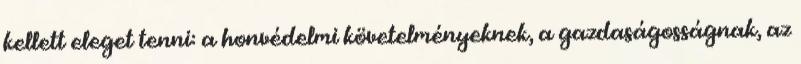
kellett eleget tenni: a honvédelmi követelményeknek, a gazdaságosságnak, az